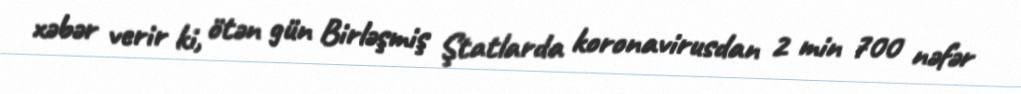
xəbər verir ki, ötən gün Birləşmiş Ştatlarda koronavirusdan 2 min 700 nəfər